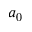
a _ { 0 }